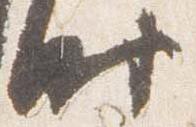
時